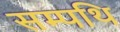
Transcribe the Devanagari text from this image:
सम्पथि